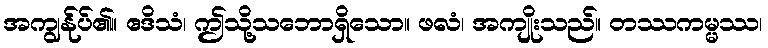
အကျွန်ုပ်၏။ ဧဒိသံ၊ ဤသို့သဘောရှိသော။ ဖလံ၊ အကျိုးသည်။ တဿကမ္မဿ၊